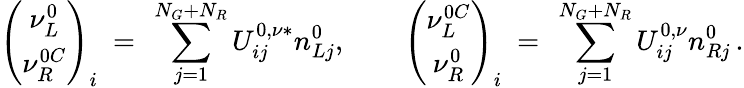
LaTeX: \left(\begin{array}{c}{{\nu_{L}^{0}}}\\ {{\nu_{R}^{0C}}}\end{array}\right)_{i}\ =\ \sum_{j=1}^{N_{G}+N_{R}}U_{ij}^{0,\nu*}n_{Lj}^{0},\qquad\left(\begin{array}{c}{{\nu_{L}^{0C}}}\\ {{\nu_{R}^{0}}}\end{array}\right)_{i}\ =\ \sum_{j=1}^{N_{G}+N_{R}}U_{ij}^{0,\nu}n_{Rj}^{0}\, .